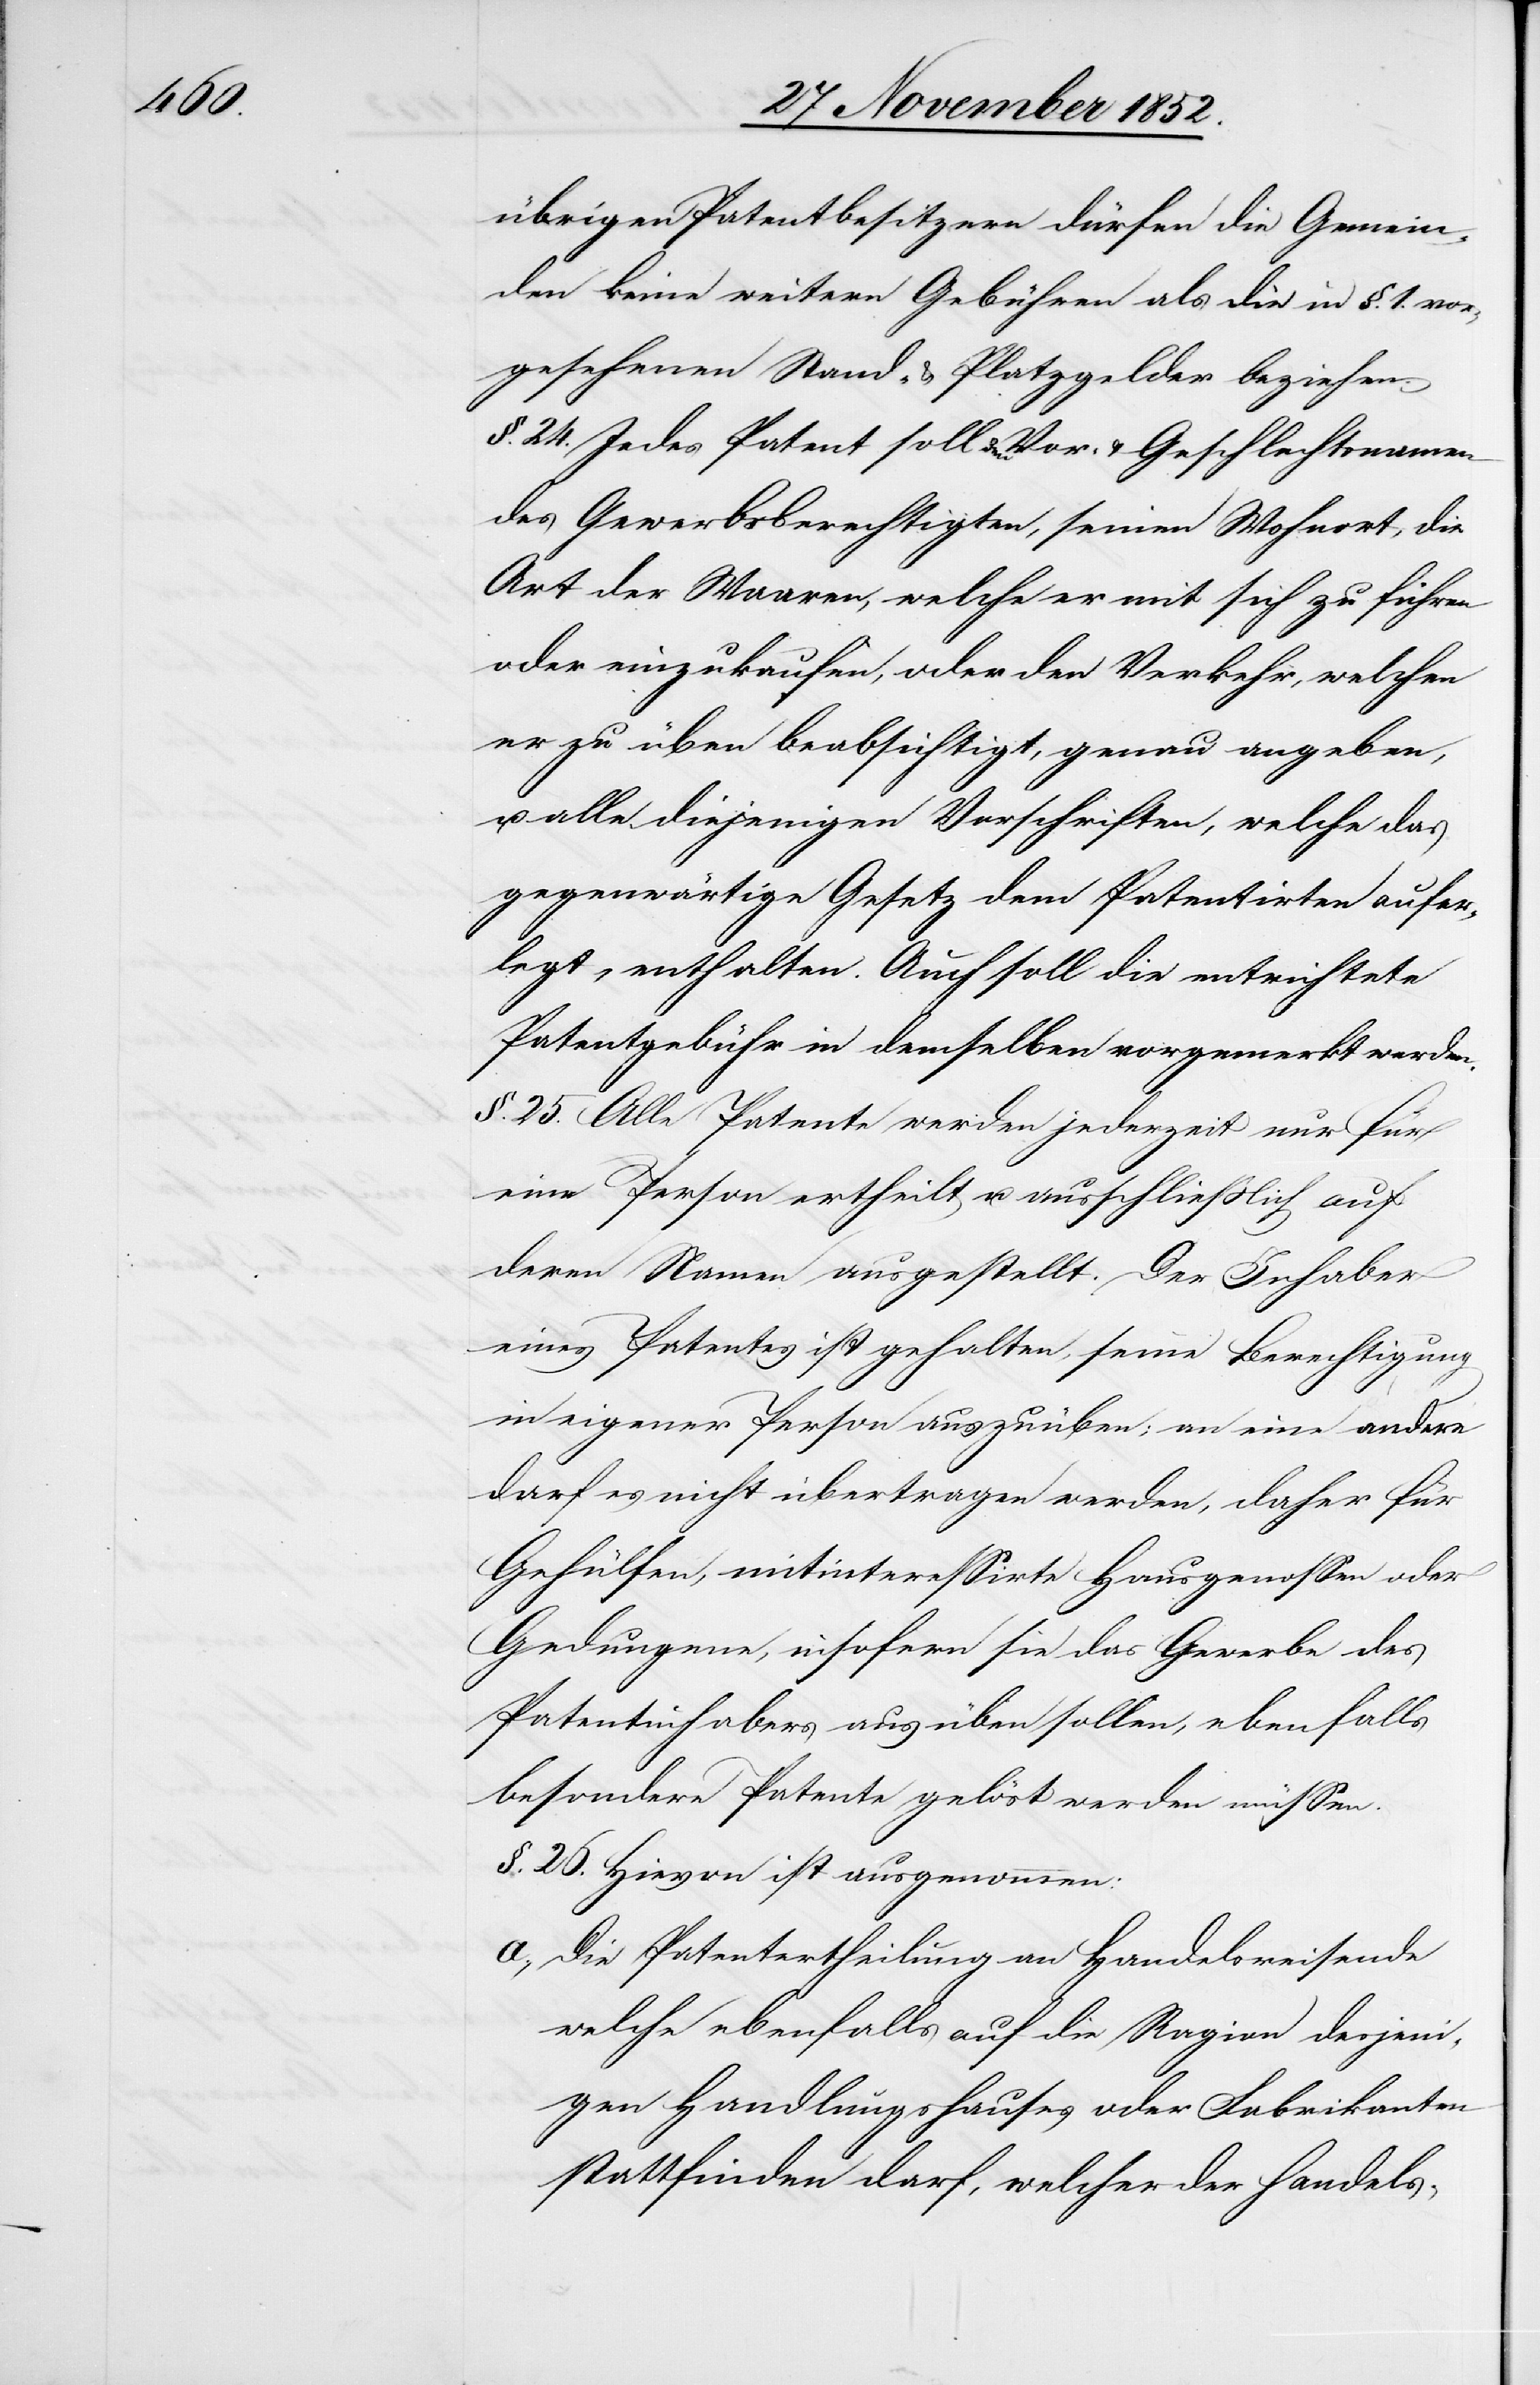
übrigen Patentbesitzern dürfen die Gemein¬
den keine weitern Gebühren als die in §. 1. vor¬
gesehenen Stand- & Platzgelder beziehen.
§. 24. Jedes Patent soll den Vor- & Geschlechtsnamen
des Gewerbsberechtigten, seinen Wohnort, die
Art der Waaren, welche er mit sich zu führen
oder einzukaufen, oder den Verkehr, welchen
er zu üben beabsichtigt, genau angeben,
u. alle diejenigen Vorschriften, welche das
gegenwärtige Gesetz dem Patentirten aufer¬
legt, enthalten. Auch soll die entrichtete
Patentgebühr in demselben vorgemerkt werden.
§. 25. Alle Patente werden jederzeit nur für
eine Person ertheilt u. ausschließlich auf
deren Namen ausgestellt. Der Inhaber
eines Patentes ist gehalten, seine Berechtigung
in eigener Person auszuüben; an eine andere
darf es nicht übertragen werden, daher für
Gehülfen, mitinteressirte Hausgenossen oder
Gedungene, insofern sie das Gewerbe des
Patentinhabers ausüben sollen, ebenfalls
besondere Patente gelöst werden müssen.
§. 26. Hievon ist ausgenommen:
Die Patentertheilung an Handelsreisende
welche ebenfalls auf die Ragion desjeni¬
gen Handlungshauses oder Fabrikanten
stattfinden darf, welcher der Handels-